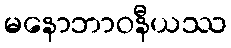
မနောဘာဝနီယဿ